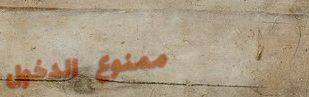
ممنوع الدخول